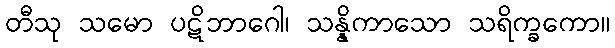
တီသု သမော ပဋိဘာဂေါ၊ သန္နိကာသော သရိက္ခကော။